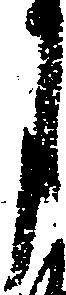
月